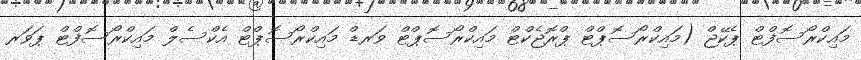
މައިކްރޯސޮފްޓް ޕެކޭޖް (މައިކްރޯސޮޕްޓް ޕްރޮޖެކްޓް މައިކްރޯސޮޕްޓް ވަރޑް މައިކްރޯސޮޕްޓް އެކްސެލް މައިކްރޯސޮފްޓް ޕަވަރ